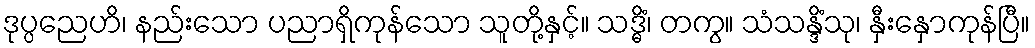
ဒုပ္ပညေဟိ၊ နည်းသော ပညာရှိကုန်သော သူတို့နှင့်။ သဒ္ဓိံ၊ တကွ။ သံသန္ဒိံသု၊ နှီးနှောကုန်ပြီ။